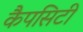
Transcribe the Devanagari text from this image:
कैपसिटी